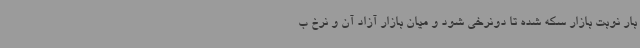
بار نوبت بازار سکه شده تا دونرخی شود و میان بازار آزاد آن و نرخ ب